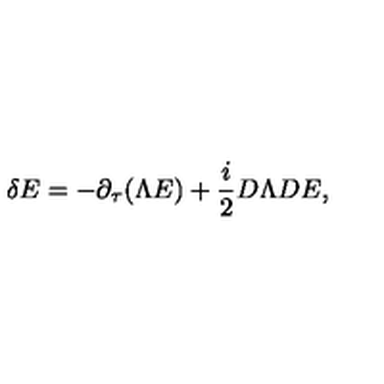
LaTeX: \delta E = - \partial _ { \tau } ( \Lambda E ) + { \frac { i } { 2 } } D \Lambda D E ,